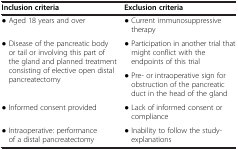
<table><thead><tr><td><b>Inclusion criteria</b></td><td><b>Exclusion criteria</b></td></tr></thead><tbody><tr><td>● Aged 18 years and over</td><td>● Current immunosuppressive therapy</td></tr><tr><td rowspan="2">● Disease of the pancreatic body or tail or involving this part of the gland and planned treatment consisting of elective open distal pancreatectomy</td><td>● Participation in another trial that might conflict with the endpoints of this trial</td></tr><tr><td>● Pre- or intraoperative sign for obstruction of the pancreatic duct in the head of the gland</td></tr><tr><td rowspan="2">● Informed consent provided</td><td>● Lack of informed consent or compliance</td></tr><tr><td rowspan="2">● Inability to follow the study-explanations</td></tr><tr><td>● Intraoperative: performance of a distal pancreatectomy</td></tr></tbody></table>